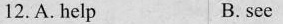
12.A. help B. see